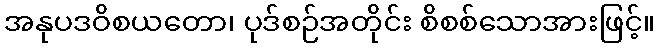
အနုပဒဝိစယတော၊ ပုဒ်စဉ်အတိုင်း စိစစ်သောအားဖြင့်။